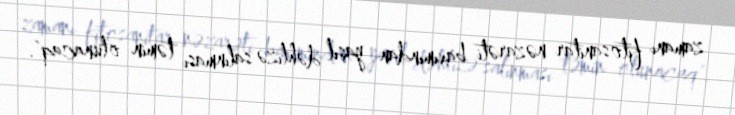
zamanı fitosanitar nəzarəti baxımından yaşıl dəhlizə salınması təmin olunacaq".